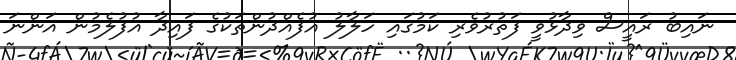
ނައިބު ރައީސް ވިދާޅުވީ ފަތުރުވެރި ކަމުގައި ހަލާލު އުފެއްދުންތަކުގެ ފައިދާ އުފުލެމުން އަންނަ